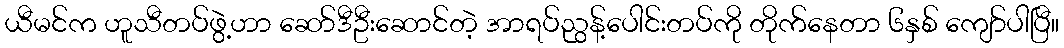
ယီမင်က ဟူသီတပ်ဖွဲ့ဟာ ဆော်ဒီဦးဆောင်တဲ့ အာရပ်ညွန့်ပေါင်းတပ်ကို တိုက်နေတာ ၆နှစ် ကျော်ပါပြီ။